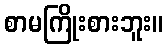
စာမကြိုးစားဘူး။